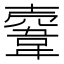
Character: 𩎲